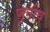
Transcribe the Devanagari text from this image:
जुनीच